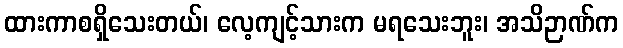
ထားကာစရှိသေးတယ်၊ လေ့ကျင့်သားက မရသေးဘူး၊ အသိဉာဏ်က